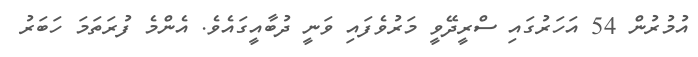
އުމުރުން 54 އަހަރުގައި ސްރީދޭވީ މަރުވެފައި ވަނީ ދުބާއީގައެވެ. އެންމެ ފުރަތަމަ ހަބަރު